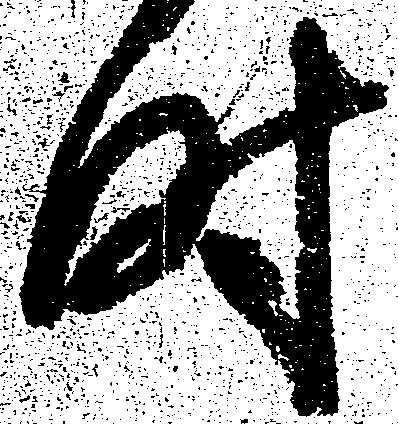
時